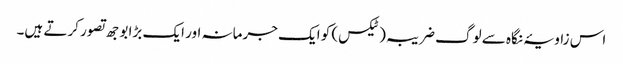
اس زاویۂ نگاہ سے لوگ ضریبہ(ٹیکس) کو ایک جرمانہ اور ایک بڑا بوجھ تصور کرتے ہیں۔